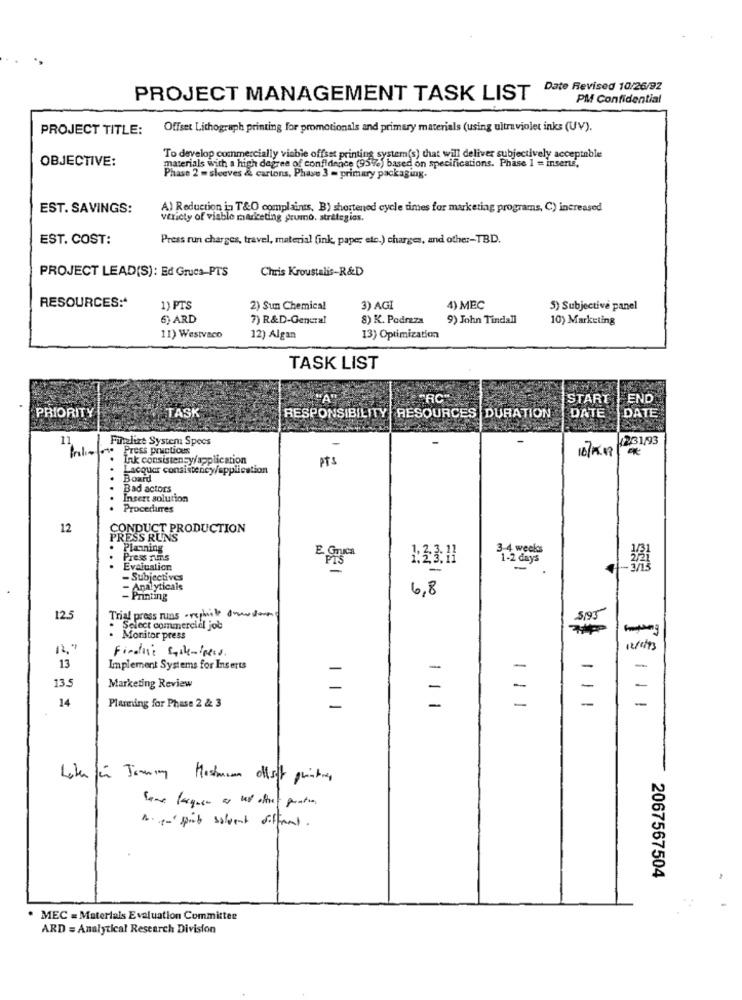
Date Revised 10/26/92
PROJECT MANAGEMENT TASK LIST
PM Confidential
PROJECT TITLE:
Offset Lithograph printing for promotionals and primary materials (using ultraviolet inks (UV).
OBJECTIVE:
To develop commercially viable offset printing system(s) that will deliver subjectively acceptable
materials with a high degree of confidence (95e) based on specifications. Phase 1 = inserts,
Phase 2 = sleeves & cartons, Phase 3 = primary packaging.
EST. SAVINGS:
A) Reduction in T&O complaints, B) shortened cycle times for marketing programs, C) increased
variety of viable marketing grumo. strategies.
EST. COST:
Press run charges, travel, material (ink, paper etc.) charges, and other-TBD.
Chris Kroustalis-R&D
PROJECT LEAD(S): Ed Grues-PTS
RESOURCES :*
1) PTS
2) Sun Chemical
3) AGI
4) MEC
5) Subjective panel
6) ARD
7) R&D-General
8) K. Podrzza
9) John Tindall
10) Marketing
11) Westvaco
12) Algan
13) Optimization
TASK LIST
START
END
PRIORITY
TASK
DATE
RESPONSIBILITY RESOURCES DURATION
DATE
11
Finalize System Specs
12/31/93
Press practices
10/11/1
Ink consistensyapplication
pts
Lacquer consistency/application
Board
Bad actors
Insert solution
Procedures
12
CONDUCT PRODUCTION
PRESS RUNS
Planning
3.4 weeks
...
Press TITS
E. Gruca
23:11
1-2 days
Evaluation
PIS
-
- Subjectives
Analyticals
6,8
- Printing
Trial press runs orchite dowodem
12.5
5195
. Select commercial job
Monitor press
Findthis systemipers.
13
Implement Systems for Inserts
-
-
-
-
-
13.5
Marketing Review
-
-
-
14
Planing for Phase 2 & 3
-
-
-
-
Lote für Jamming Hostmann offset quintas
Same laguer as wo oftet gratin
1 .- sport solvent oifinal.
2067567504
. MEC = Materials Evaluation Committee
ARD = Analytical Research Division